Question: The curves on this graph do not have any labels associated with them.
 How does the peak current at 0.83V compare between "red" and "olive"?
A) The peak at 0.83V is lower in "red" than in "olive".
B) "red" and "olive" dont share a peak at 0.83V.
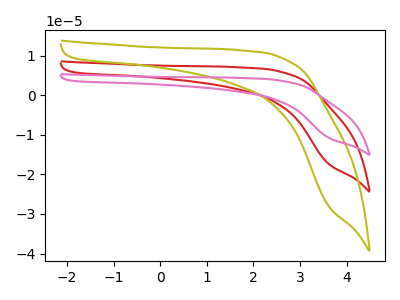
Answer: <think>The red curve "red" has no peaks. The olive curve "olive" has no peaks. The pink curve "pink" has no peaks.</think>
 <answer>B) "red" and "olive" dont share a peak at 0.83V.</answer>
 <eval>B</eval>